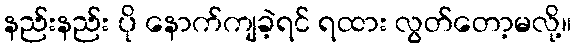
နည်းနည်း ပို နောက်ကျခဲ့ရင် ရထား လွတ်တော့မလို့။